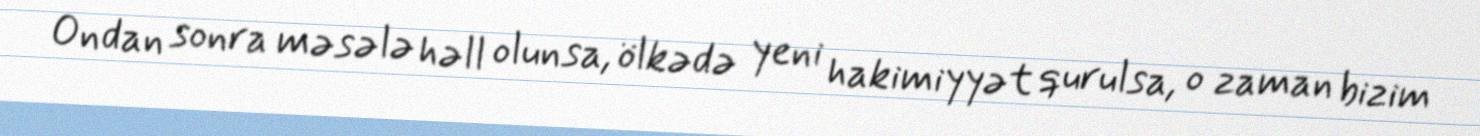
Ondan sonra məsələ həll olunsa, ölkədə yeni hakimiyyət qurulsa, o zaman bizim